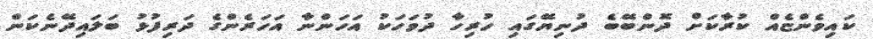
ކައިވެންޏެއް ކުރާކަށް ދޮންބޭބެ ދުނިޔޭގައި ހުރިހާ ދުވަހަކު އަހަންނާ އަހަރެންގެ ދަރިފުޅު ބަލައިދޭނެކަން